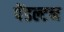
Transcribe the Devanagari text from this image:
पेंडल्टन